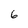
Character: 6